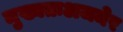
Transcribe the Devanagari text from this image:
मुख्यतःअजमेर